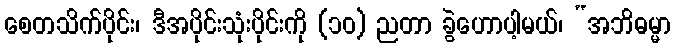
စေတသိက်ပိုင်း၊ ဒီအပိုင်းသုံးပိုင်းကို (၁၀) ညတာ ခွဲဟောပါ့မယ်၊ “အဘိဓမ္မာ